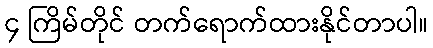
၄ ကြိမ်တိုင် တက်ရောက်ထားနိုင်တာပါ။